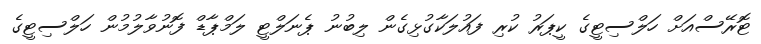
ޓޮރޭސްއަށް ހަލްސިޓީގެ ކީޕަރު ކުރި ފައުލަކާގުޅިގެން ލިބުނު ޕެނަލްޓީ ލަމްޕާޑް ފޮނުވާލުމުން ހަލްސިޓީގެ